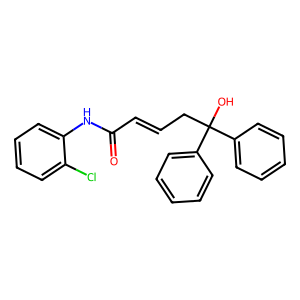
SMILES: O=C(C=CCC(O)(c1ccccc1)c1ccccc1)Nc1ccccc1Cl
Inhibits HIV replication: No